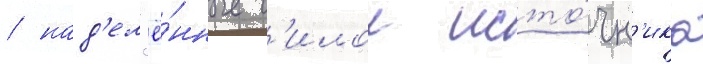
/ над'ел'ё́нные с'илои исто́чн'ика